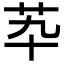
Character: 𦬡